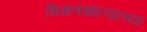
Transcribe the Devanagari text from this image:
शिक्षणखात्याच्या